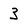
Character: 3